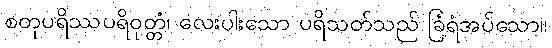
စတုပရိဿပရိဝုတ္တံ၊ လေးပါးသော ပရိသတ်သည် ခြံရံအပ်သော။